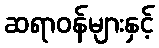
ဆရာဝန်များနှင့်